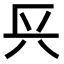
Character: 𨱘